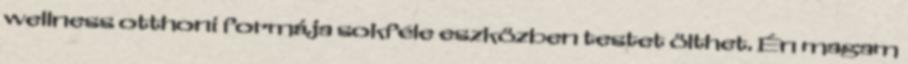
wellness otthoni formája sokféle eszközben testet ölthet. Én magam